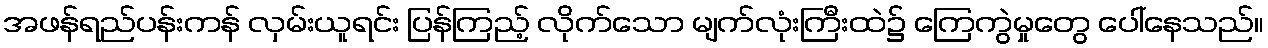
အဖန်ရည်ပန်းကန် လှမ်းယူရင်း ပြန်ကြည့် လိုက်သော မျက်လုံးကြီးထဲ၌ ကြေကွဲမှုတွေ ပေါ်နေသည်။